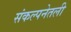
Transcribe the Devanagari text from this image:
संकल्पनेतली